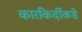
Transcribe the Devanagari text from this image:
कारकिर्दीकडे